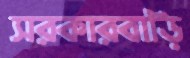
সরকারবাড়ি